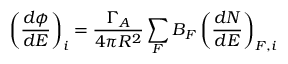
\left( \frac { d \phi } { d E } \right) _ { i } = \frac { \Gamma _ { A } } { 4 \pi R ^ { 2 } } \sum _ { F } B _ { F } \left( \frac { d N } { d E } \right) _ { F , i }